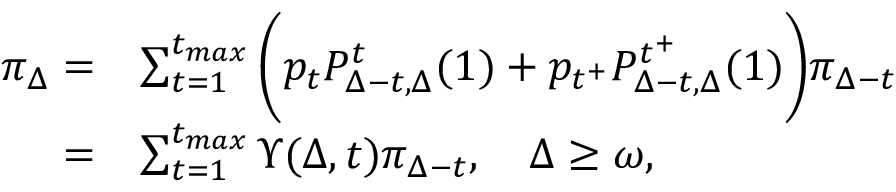
\begin{array} { r l } { \pi _ { \Delta } = } & { \sum _ { t = 1 } ^ { t _ { m a x } } \bigg ( p _ { t } P _ { \Delta - t , \Delta } ^ { t } ( 1 ) + p _ { t ^ { + } } P _ { \Delta - t , \Delta } ^ { t ^ { + } } ( 1 ) \bigg ) \pi _ { \Delta - t } } \\ { = } & { \sum _ { t = 1 } ^ { t _ { m a x } } \Upsilon ( \Delta , t ) \pi _ { \Delta - t } , \quad \Delta \geq \omega , } \end{array}